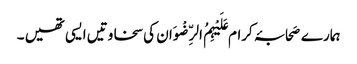
ہمارے صَحابۂ کرام عَلَیْہِمُ الرِّضْوَان کی سخاوتیں ایسی تھیں ۔